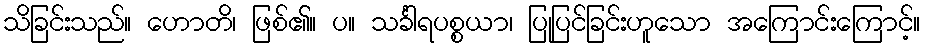
သိခြင်းသည်။ ဟောတိ၊ ဖြစ်၏။ ပ။ သင်္ခါရပစ္စယာ၊ ပြုပြင်ခြင်းဟူသော အကြောင်းကြောင့်။